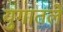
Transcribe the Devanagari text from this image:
युगातले